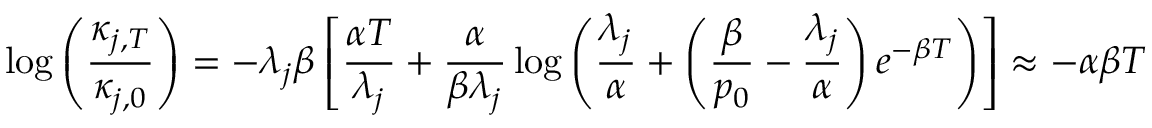
\log \left( \frac { \kappa _ { j , T } } { \kappa _ { j , 0 } } \right) = - \lambda _ { j } \beta \left[ \frac { \alpha T } { \lambda _ { j } } + \frac { \alpha } { \beta \lambda _ { j } } \log \left( \frac { \lambda _ { j } } { \alpha } + \left( \frac { \beta } { p _ { 0 } } - \frac { \lambda _ { j } } { \alpha } \right) e ^ { - \beta T } \right) \right] \approx - \alpha \beta T